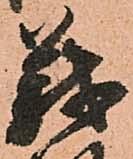
義